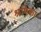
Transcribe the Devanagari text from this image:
श्रमिका